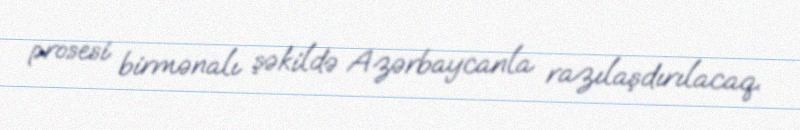
prosesi birmənalı şəkildə Azərbaycanla razılaşdırılacaq.